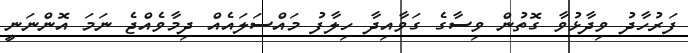
ފަރުހާދު ވިދާޅުވާ ގޮތުން ވިސާގެ ގަވާއިދާ ހިލާފު މައްސަލައެއް ދިމާވެއްޖެ ނަމަ އޮންނަނީ